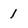
Character: 1